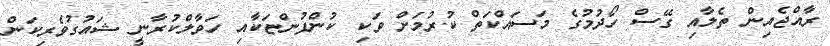
ރާއްޖެއިން ތެލާއި ގޭސް ހޯދުމުގެ މަަސައްކަތް ކުރުމަށް ވަކި ކުންފުންޏަކާއި ހަވާލްކުރާނީ ޝައުގުވެރިކަން